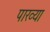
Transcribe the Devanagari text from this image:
पारव्या